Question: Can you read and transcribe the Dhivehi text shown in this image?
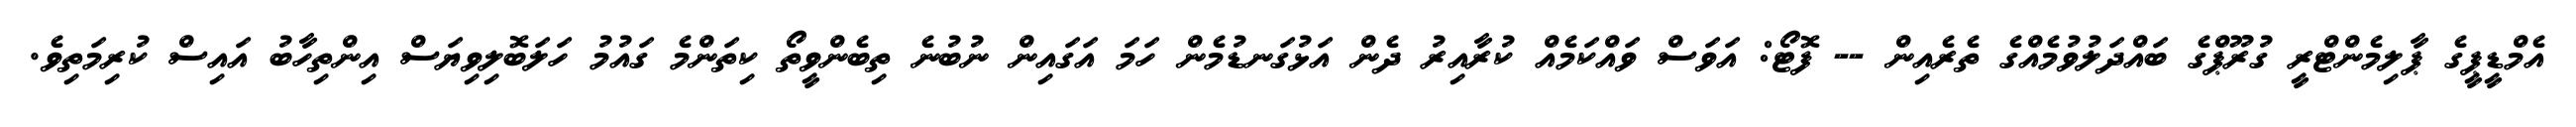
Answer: އެމްޑީޕީގެ ޕާލިމެންޓްރީ ގުރޫޕްގެ ބައްދަލުވުމެއްގެ ތެރެއިން -- ފޮޓޯ: އަވަސް ވައްކަމެއް ކުރާއިރު ދެން އަޅުގަނޑުމެން ހަމަ އަގައިން ނުބުނެ ތިބެންވީތޯ ކިތަންމެ ގައުމު ހަލަބޮލިވިޔަސް އިންތިހާބު އައިސް ކުރިމަތިވެ.